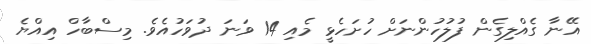
އޭނާ ގެއްލިގެން ފުލުހުންނަށް ހުށަހެޅީ މެއި 14 ވަނަ ދުވަހުއެވެ. މިސްބާހް އިއްޔެ